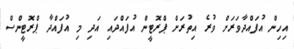
އިހިން އުފައްދާވަރަށް ވުރެ އިތުރަށް ޕްރޮޓީން އުފައްދައި އަދި މި އުފައްދާ ޕްރޮޓީންސް